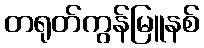
တရုတ်ကွန်မြူနစ်